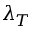
\lambda _ { T }